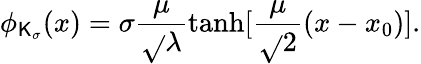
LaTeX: \phi_{\mathsf{K}_{\sigma}}(x)=\sigma\frac{{\mu}}{{\sqrt{}{{\lambda}}}}\operatorname{tanh}[\frac{{\mu}}{{\sqrt{}{{2}}}}(x-x_{0})].